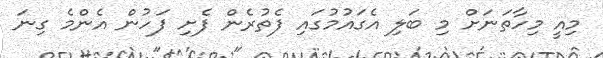
މިއީ މިހާތަނަށް މި ބަލި އެގައުމުގައި ފެތުރެން ފެށި ފަހުން އެންމެ ގިނަ